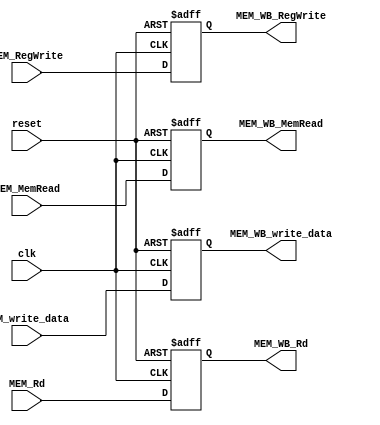
`timescale 1ns / 1ps
//////////////////////////////////////////////////////////////////////////////////
// Company: 
// Engineer: 
// 
// Design Name: 
// Module Name: MEM_WB
// Project Name: 
// Target Devices: 
// Tool Versions: 
// Description: 
// 
// Dependencies: 
// 
// Revision:
// Revision 0.01 - File Created
// Additional Comments:
// 
//////////////////////////////////////////////////////////////////////////////////


module MEM_WB(
        clk,
        reset,
        MEM_write_data,
        MEM_Rd, // register write address
        MEM_RegWrite,
        MEM_MemRead, // MEMmem
        MEM_WB_write_data,
        MEM_WB_Rd,
        MEM_WB_RegWrite,
        MEM_WB_MemRead
    );
    input clk, reset;
    input [31:0] MEM_write_data;
    input [4:0] MEM_Rd;
    input MEM_RegWrite, MEM_MemRead;

    output reg [31:0] MEM_WB_write_data; // write to register file
    output reg [4:0] MEM_WB_Rd;
    output reg MEM_WB_RegWrite, MEM_WB_MemRead;

    always @(posedge clk or posedge reset) begin
        if(reset) begin
            MEM_WB_write_data<=32'b0;
            MEM_WB_Rd<=5'b0;
            MEM_WB_RegWrite<=0;
            MEM_WB_MemRead<=0;
        end
        else begin
            MEM_WB_write_data<=MEM_write_data;
            MEM_WB_Rd<=MEM_Rd;
            MEM_WB_RegWrite<=MEM_RegWrite;
            MEM_WB_MemRead<=MEM_MemRead;
        end
    end

endmodule